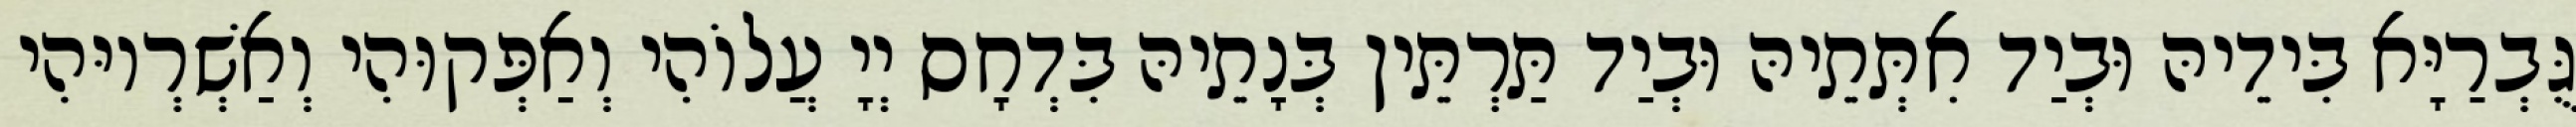
גֻּבְרַיָּא בִּידֵיהּ וּבְיַד אִתְּתֵיהּ וּבְיַד תַּרְתֵּין בְּנָתֵיהּ בִּדְחָס יְיָ עֲלוֹהִי וְאַפְּקוּהִי וְאַשְׁרְיוּהִי